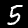
Label: 5